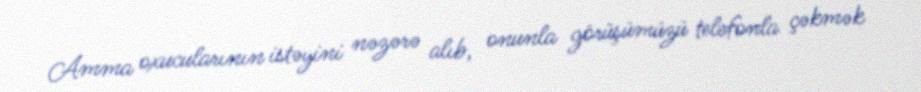
Amma oxucularının istəyini nəzərə alıb, onunla görüşümüzü telefonla çəkmək